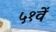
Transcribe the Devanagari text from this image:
५१वें